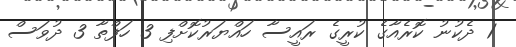
1 ދެކުނު ކޮރެއާގެ ކުރީގެ ރައީސާ ހައްޔަރުކޮށްފި 3 ހަފްތާ 3 ދުވަސް